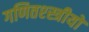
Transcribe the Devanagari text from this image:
गणितश्स्त्रीयों